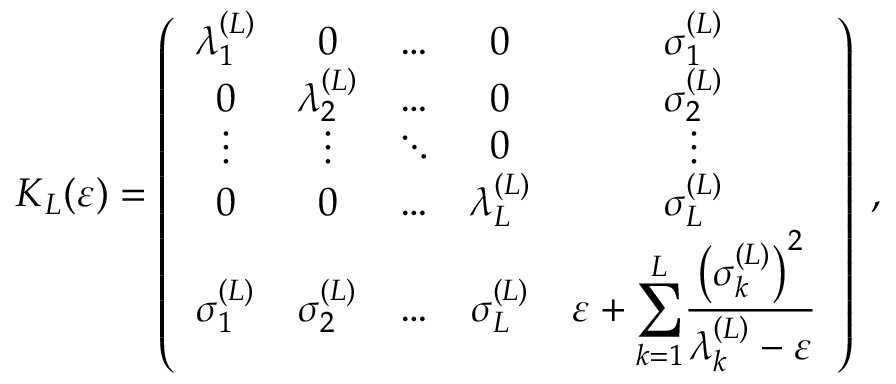
{ \boldsymbol { K } } _ { L } ( \varepsilon ) = \left( \begin{array} { c c c c c } { \lambda _ { 1 } ^ { \left( L \right) } } & { 0 } & { \ldots } & { 0 } & { \sigma _ { 1 } ^ { \left( L \right) } } \\ { 0 } & { \lambda _ { 2 } ^ { \left( L \right) } } & { \ldots } & { 0 } & { \sigma _ { 2 } ^ { \left( L \right) } } \\ { \vdots } & { \vdots } & { \ddots } & { 0 } & { \vdots } \\ { 0 } & { 0 } & { \ldots } & { \lambda _ { L } ^ { \left( L \right) } } & { \sigma _ { L } ^ { \left( L \right) } } \\ { \sigma _ { 1 } ^ { \left( L \right) } } & { \sigma _ { 2 } ^ { \left( L \right) } } & { \ldots } & { \sigma _ { L } ^ { \left( L \right) } } & { \varepsilon + \displaystyle { \sum _ { k = 1 } ^ { L } } \frac { \left( \sigma _ { k } ^ { \left( L \right) } \right) ^ { 2 } } { \lambda _ { k } ^ { \left( L \right) } - \varepsilon } } \end{array} \right) \; , \